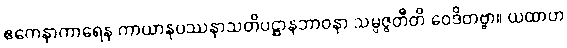
ဧကေနာကာရေန ကာယာနုပဿနာသတိပဋ္ဌာနဘာဝနာ သမ္ပဇ္ဇတီတိ ဝေဒိတဗ္ဗာ။ ယထာဟ